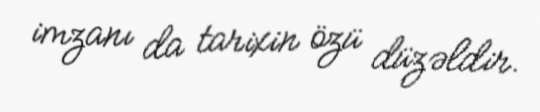
imzanı da tarixin özü düzəldir.